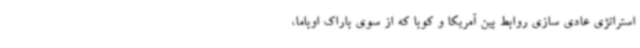
استراتژی عادی سازی روابط بین آمریکا و کوبا که از سوی باراک اوباما،